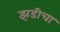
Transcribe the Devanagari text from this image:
झडीचा